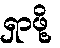
ရှာဖို့